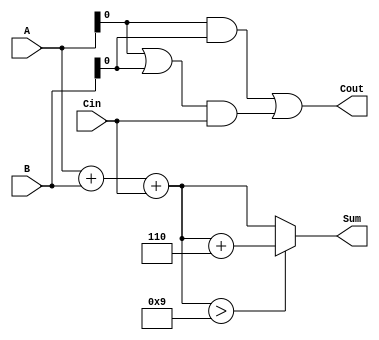
module BCD_Carry_Lookahead_Adder (
    input  [3:0] A,       // BCD digit A
    input  [3:0] B,       // BCD digit B
    input        Cin,      // Carry-in
    output reg [3:0] Sum,  // BCD result
    output reg Cout        // Carry-out
);

    // Internal signals
    wire [4:0] S;         // Intermediate sum
    wire P;               // Propagate signal
    wire G;               // Generate signal
    wire Correction;      // Correction needed

    // Initial sum calculation
    assign S = A + B + Cin;

    // Carry generation and propagation
    assign P = A | B;     // Propagate signal
    assign G = A & B;     // Generate signal

    // Carry lookahead logic
    always @(*) begin
        Cout = G | (P & Cin); // Calculate carry-out
    end

    // Check if correction is needed
    assign Correction = (S[3:0] > 4'b1001); // S > 9

    // Final BCD sum calculation with correction
    always @(*) begin
        if (Correction) begin
            Sum = S[3:0] + 4'b0110; // Add 6 to correct BCD
        end else begin
            Sum = S[3:0]; // No correction needed
        end
    end

endmodule